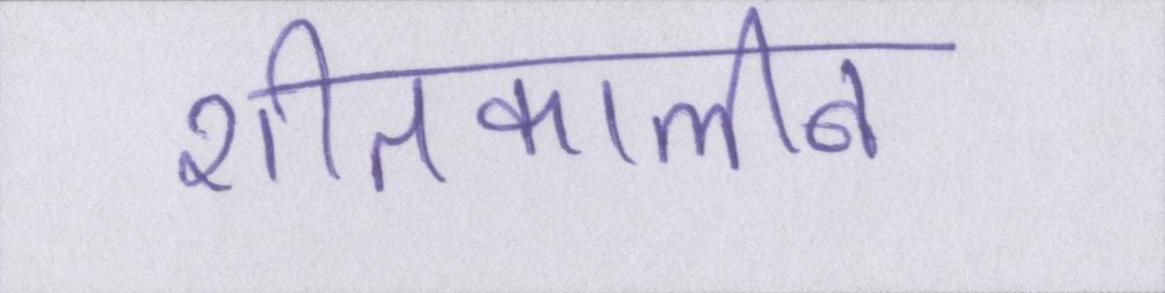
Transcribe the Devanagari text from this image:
शीतकालीन